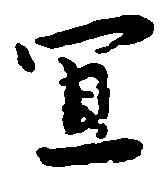
宜